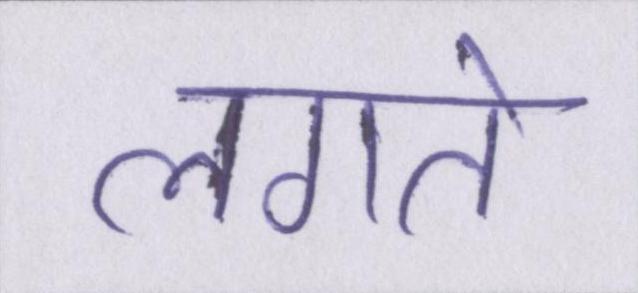
लगते